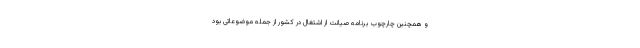
و همچنین چارچوب برنامه صیانت از اشتغال در کشور از جمله موضوعاتی بود